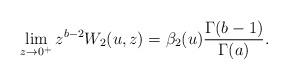
LaTeX: \begin{gather*}\lim_{z\to 0^+} z^{b-2} W_2(u,z)= \beta_2(u) \frac{\Gamma(b-1)}{\Gamma(a)} .\end{gather*}